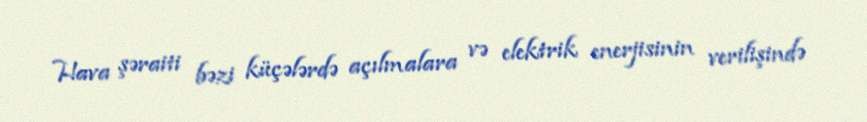
Hava şəraiti bəzi küçələrdə açılmalara və elektrik enerjisinin verilişində